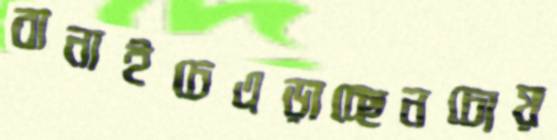
বানাইচেএড়াচ্ছেনচোয়